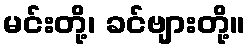
မင်းတို့၊ ခင်ဗျားတို့။